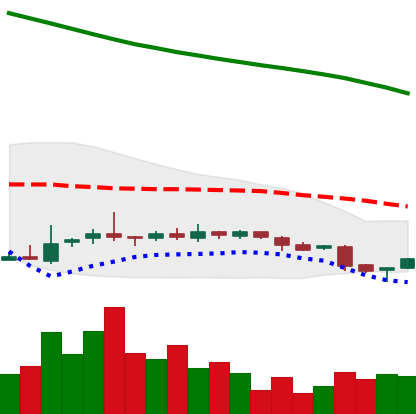
Ticker: NEO-USD
Chart end date: 2018-11-01
Forward return: 8.319%
Label: up_7plus